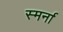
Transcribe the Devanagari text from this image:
स्मर्ना